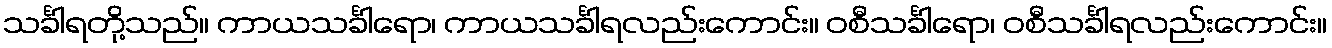
သင်္ခါရတို့သည်။ ကာယသင်္ခါရော၊ ကာယသင်္ခါရလည်းကောင်း။ ဝစီသင်္ခါရော၊ ဝစီသင်္ခါရလည်းကောင်း။